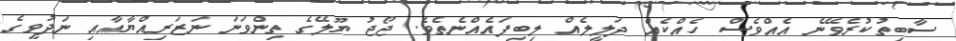
ސާބިތުކުރެވޭނެ އެއްވެސް ހެއްކެއް ދަލީލެއް ލިބިފައެއްނެތެވެ. ޖޯޖު ޔޫލޭގެ ތިންވަނަ ނަޒަރިއްޔާއާއި ނަދުވީގެ